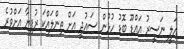
އަލީ ނަސީރު އައްޑޫ ބޮޑު ހުޅުން ސައުދީ އަށް ތިންލައްކަ ރުފިޔާ އަށްވުރެ